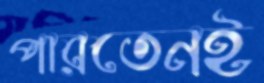
পারতেনই